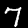
Digit: 7